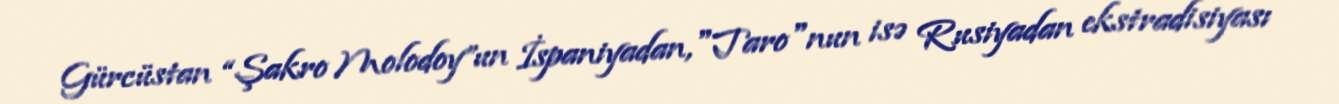
Gürcüstan “Şakro Molodoy”un İspaniyadan,"Taro"nun isə Rusiyadan ekstradisiyası